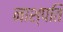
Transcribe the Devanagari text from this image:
नाश्पति